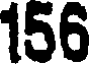
156